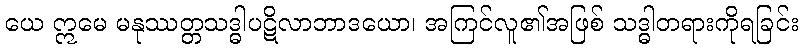
ယေ ဣမေ မနုဿတ္တသဒ္ဓါပဋိလာဘာဒယော၊ အကြင်လူ၏အဖြစ် သဒ္ဓါတရားကိုရခြင်း